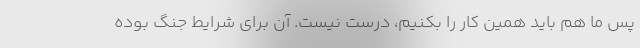
پس ما هم باید همین کار را بکنیم، درست نیست. آن برای شرایط جنگ بوده